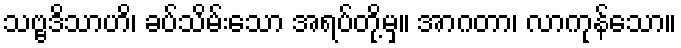
သဗ္ဗဒိသာဟိ၊ ခပ်သိမ်းသော အရပ်တို့မှ။ အာဂတာ၊ လာကုန်သော။